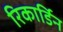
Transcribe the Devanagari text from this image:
रिकार्डिन